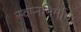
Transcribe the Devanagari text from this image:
स्वप्ननिर्माण